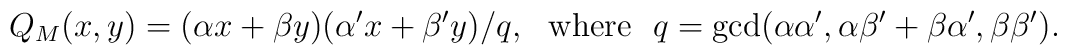
Q_{M}(x,y)=(\alpha x+\beta y)(\alpha' x+\beta'y)/q,\mbox{~~where~~}q=\gcd(\alpha\alpha',\alpha\beta'+\beta\alpha',\beta\beta').